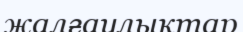
жалғаулықтар